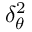
\delta _ { \theta } ^ { 2 }